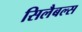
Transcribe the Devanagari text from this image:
सिलैबल्स